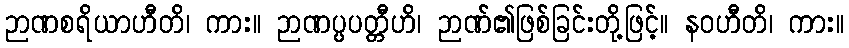
ဉာဏစရိယာဟီတိ၊ ကား။ ဉာဏပ္ပပတ္တီဟိ၊ ဉာဏ်၏ဖြစ်ခြင်းတို့ဖြင့်။ နဝဟီတိ၊ ကား။